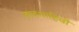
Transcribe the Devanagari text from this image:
बादशाहिची